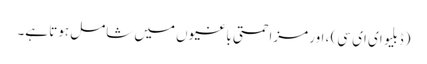
(ڈبلیو ای ای سی) ، اور مزاحمتی باغیوں میں شامل ہوتا ہے۔